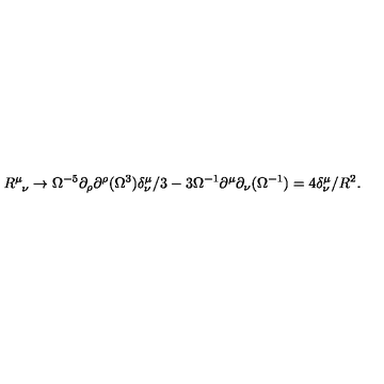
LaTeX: R _ { \phantom { \mu } \nu } ^ { \mu } \rightarrow \Omega ^ { - 5 } \partial _ { \rho } \partial ^ { \rho } ( \Omega ^ { 3 } ) \delta _ { \nu } ^ { \mu } / 3 - 3 \Omega ^ { - 1 } \partial ^ { \mu } \partial _ { \nu } ( \Omega ^ { - 1 } ) = 4 \delta _ { \nu } ^ { \mu } / R ^ { 2 } .